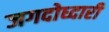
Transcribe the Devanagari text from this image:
जगदोध्दारी